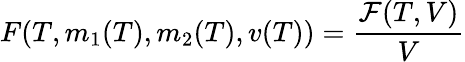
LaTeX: F(T,m_{1}(T),m_{2}(T),v(T))=\frac{{\cal F}(T,V)}{V}